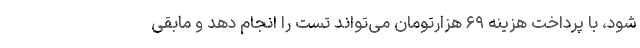
شود، با پرداخت هزینه ۶۹ هزارتومان می‌تواند تست را انجام دهد و مابقی